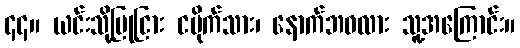
၄၄။ ယင်းသို့ပြုငြား ငမိုက်သား၊ နောက်ဘဝလား သူ့အကြောင်း။